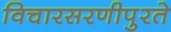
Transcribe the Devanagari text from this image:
विचारसरणीपुरते